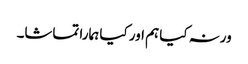
ورنہ کیا ہم اور کیا ہمارا تماشا۔